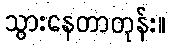
သွားနေတာတုန်း။